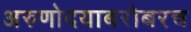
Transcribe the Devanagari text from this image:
अरुणोदयाबरोबरच